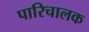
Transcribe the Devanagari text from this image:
पारिचालक